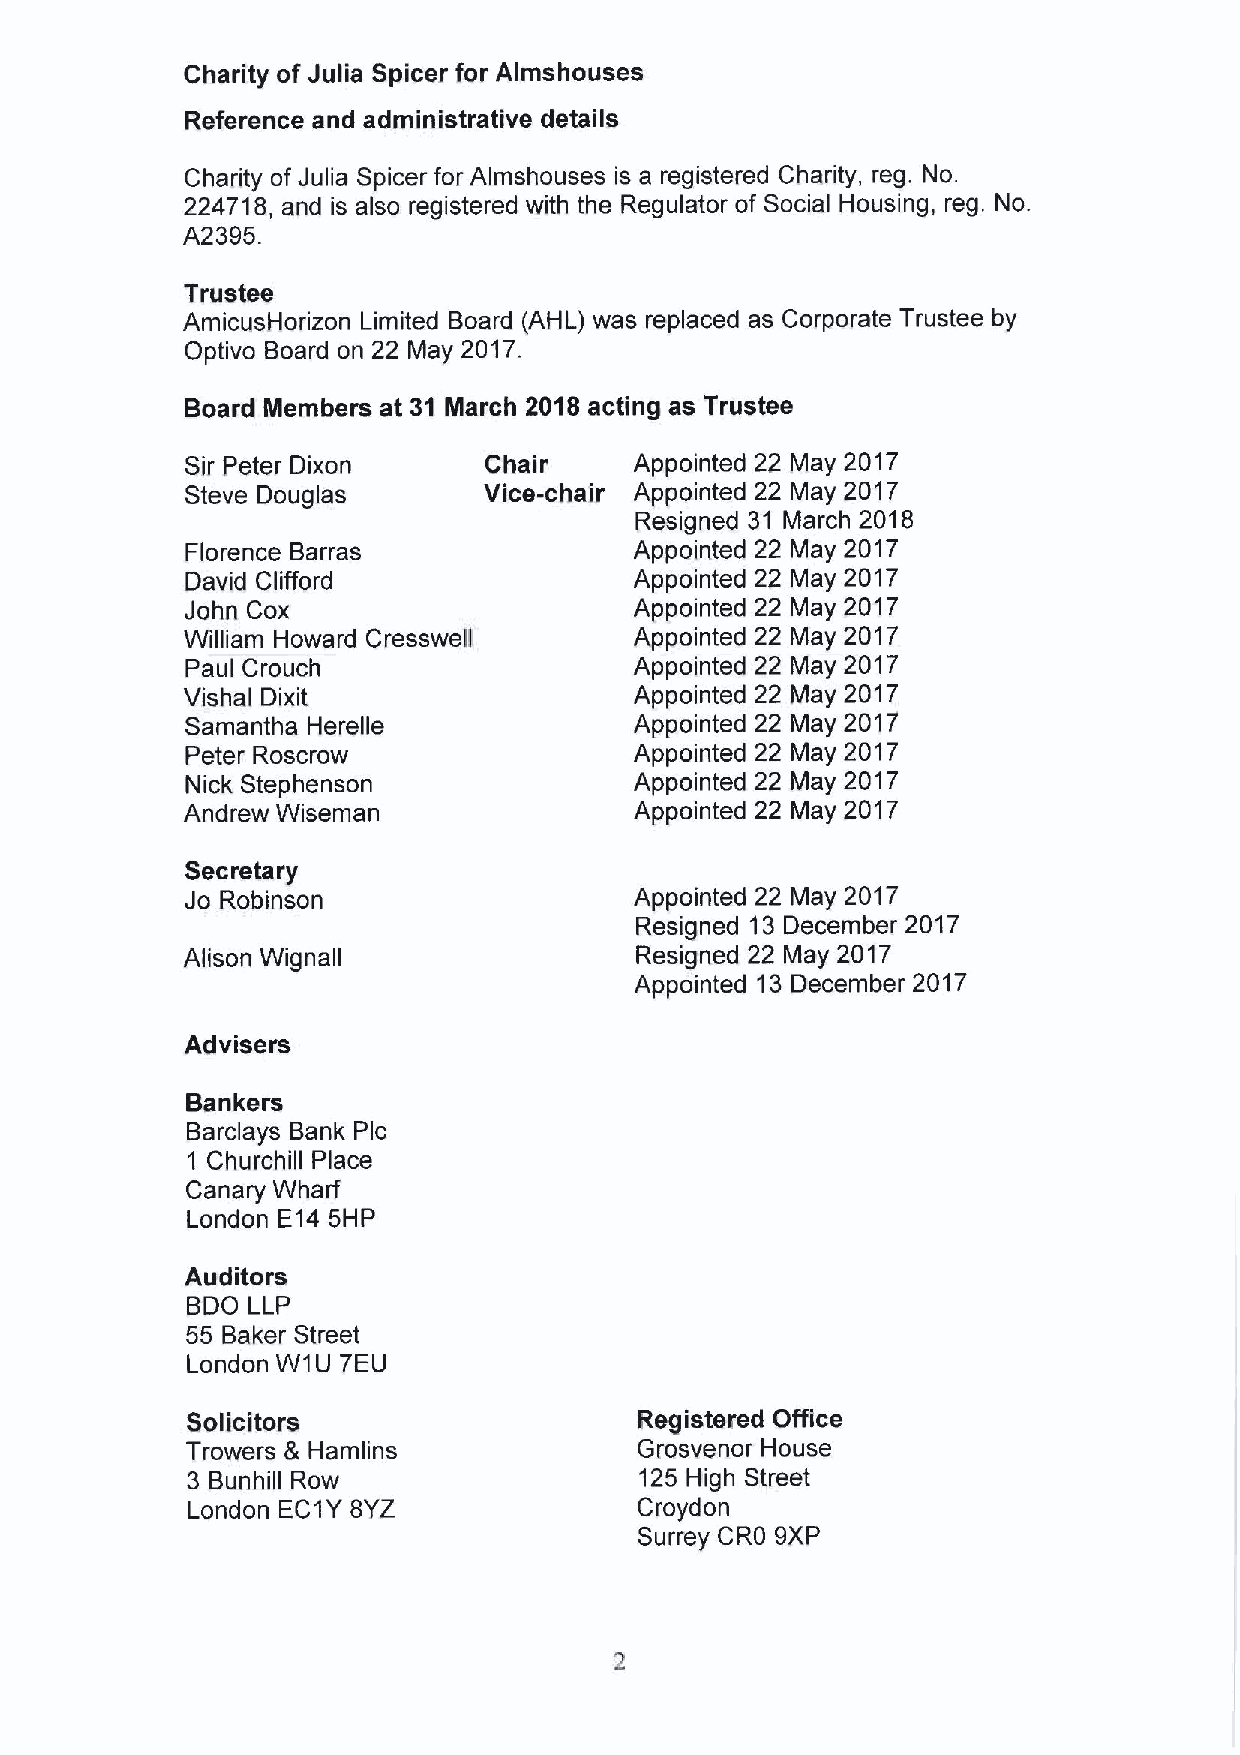
Charity of Julia Spicer for Almshouses
 Reference and administrative details
 Charity of Julia Spicer for Almshouses is a registered Charity, reg. No.
 224718, and is also registered with the Regulator of Social Housing, reg. No.
 A2395.
 Trustee
 AmicusHorizon Limited Board (AHL) was replaced as Corporate Trustee by
 Optivo Board on 22 May 2017.
 Board Members at 31 March 2018 acting as Trustee
 Sir Peter Dixon     Chair     Appointed 22 May 2017
 Steve Douglas       Vice-chair Appointed 22 May 2017
 Resigned 31 March 2018
 Florence Barras               Appointed 22 May 2017
 David Clifford                Appointed 22 May 2017
 John Cox                      Appointed 22 May 2017
 William Howard Cressweli      Appointed 22 May 2017
 Paul Crouch                   Appointed 22 May 2017
 Vishal Dixit                  Appointed 22 May 2017
 Samantha Herelle              Appointed 22 May 2017
 Peter Roscrow                 Appointed 22 May 2017
 Nick Stephenson               Appointed 22 May 2017
 Andrew Wiseman                Appointed 22 May 2017
 Secretary
 Jo Robinson                   Appointed 22 May 2017
 Resigned 13December 2017
 Alison Wignall                Resigned 22 May 2017
 Appointed 13December 2017
 Advisers
 Bankers
 Barclays Bank Pic
 1 Churchill Place
 Canary Wharf
 London E14 5HP
 Auditors
 BDO LLP
 55 Baker Street
 London W1U 7EU
 Offic
 Solicitors                    Registered
 Trowers 5 Hamlins             Grosvenor House
 3 Bunhill Row                 125 High Street
 London EC1Y8YZ                Croydon
 Surrey CRO 9XP